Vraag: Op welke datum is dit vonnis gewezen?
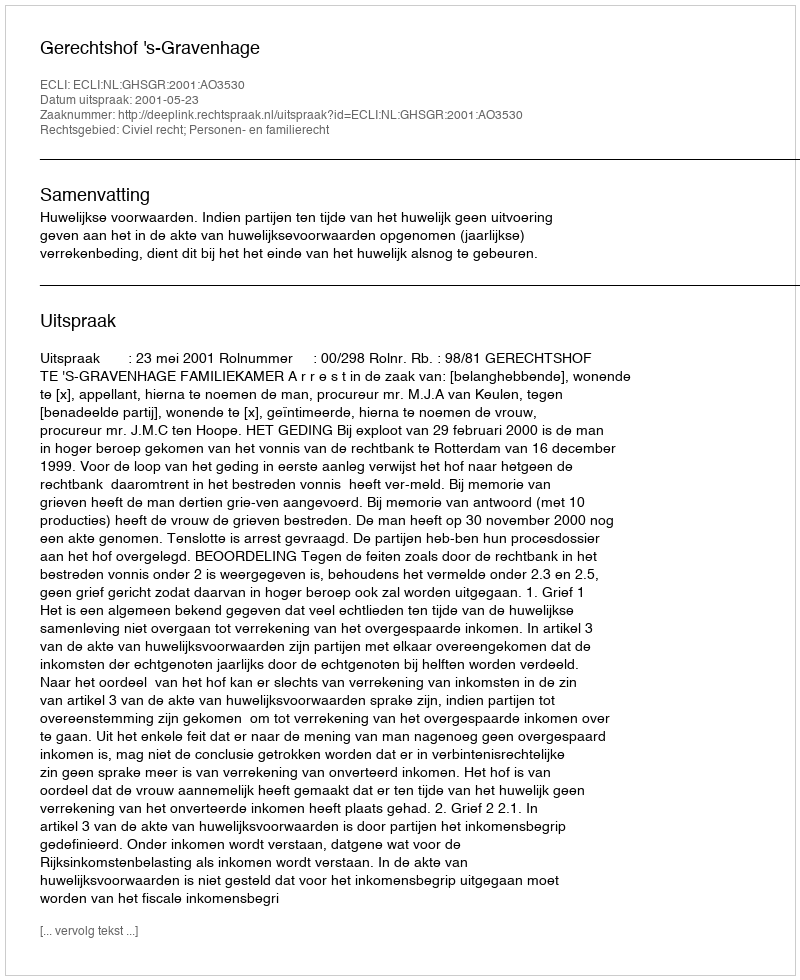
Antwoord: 2001-05-23